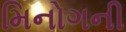
મિનોગની